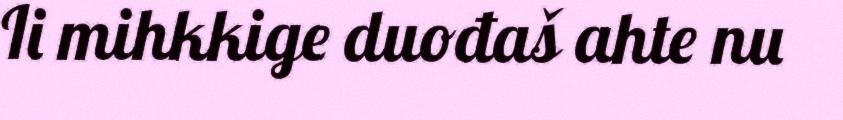
Ii mihkkige duođaš ahte nu